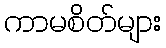
ကာမစိတ်များ